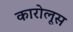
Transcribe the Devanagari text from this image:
कारोलूस